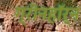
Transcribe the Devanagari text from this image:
ग्रीनहॉर्न